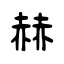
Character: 赫